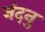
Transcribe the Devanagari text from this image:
नंदनु